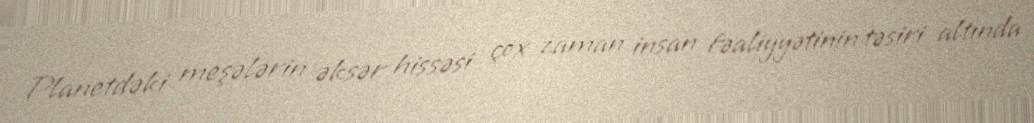
Planetdəki meşələrin əksər hissəsi çox zaman insan fəaliyyətinin təsiri altında